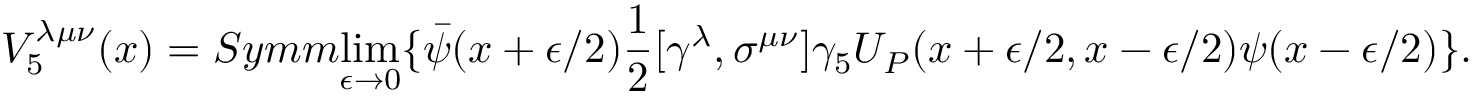
V _ { 5 } ^ { \lambda \mu \nu } ( x ) = S y m m { \operatorname * { l i m } _ { \epsilon \rightarrow 0 } } \{ \bar { \psi } ( x + \epsilon / 2 ) \frac { 1 } { 2 } [ \gamma ^ { \lambda } , \sigma ^ { \mu \nu } ] \gamma _ { 5 } U _ { P } ( x + \epsilon / 2 , x - \epsilon / 2 ) \psi ( x - \epsilon / 2 ) \} .